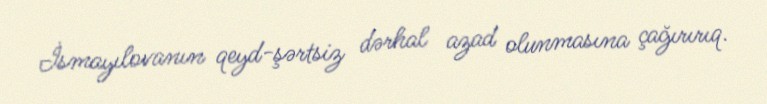
İsmayılovanın qeyd-şərtsiz dərhal azad olunmasına çağırırıq.